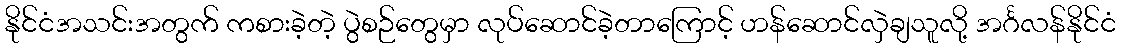
နိုင်ငံအသင်းအတွက် ကစားခဲ့တဲ့ ပွဲစဉ်တွေမှာ လုပ်ဆောင်ခဲ့တာကြောင့် ဟန်ဆောင်လှဲချသူလို့ အင်္ဂလန်နိုင်ငံ